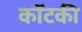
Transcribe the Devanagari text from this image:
कॉटकी